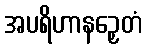
အပရိဟာနဉှေတံ